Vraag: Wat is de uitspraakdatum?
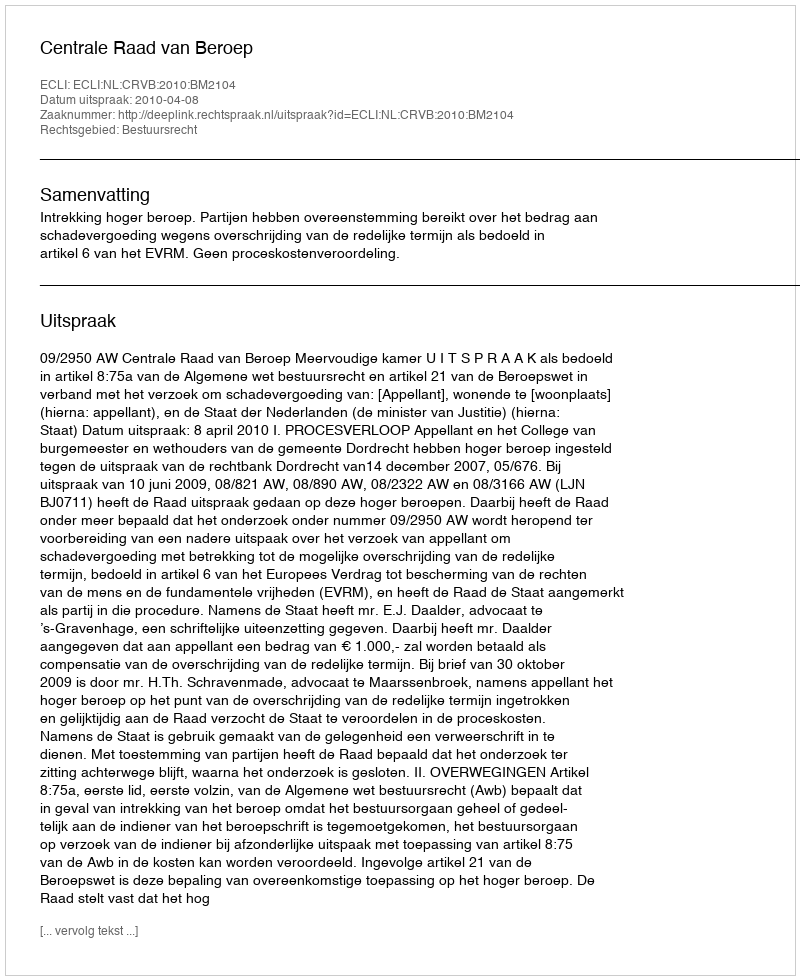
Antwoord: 2010-04-08